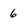
Character: 6